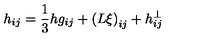
h _ { i j } = \frac 1 3 h g _ { i j } + \left( L \xi \right) _ { i j } + h _ { i j } ^ { \bot }